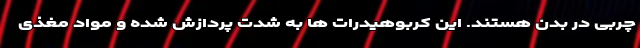
چربی در بدن هستند. این کربوهیدرات ها به شدت پردازش شده و مواد مغذی